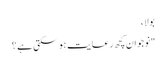
بولا ،
"نوجوان کچھ رعایت ہو سکتی ہے ؟